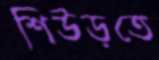
শিউড়তে